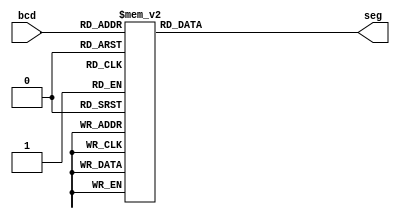
`timescale 1ns / 1ps
//////////////////////////////////////////////////////////////////////////////////
// Company: 
// Engineer: 
// 
// Design Name: 
// Module Name: bcd_segment7_1digit
// Project Name: 
// Target Devices: 
// Tool Versions: 
// Description: 
// 
// Dependencies: 
// 
// Revision:
// Revision 0.01 - File Created
// Additional Comments:
// 
//////////////////////////////////////////////////////////////////////////////////


module bcd_segment7_1digit(bcd, seg);    
    input [3:0] bcd;
    output reg [6:0] seg;
    
    //always block for converting bcd digit into 7 segment format
    always @(bcd)
    begin
        case (bcd) //case statement
            0 : seg = 7'b0000001;
            1 : seg = 7'b1001111;
            2 : seg = 7'b0010010;
            3 : seg = 7'b0000110;
            4 : seg = 7'b1001100;
            5 : seg = 7'b0100100;
            6 : seg = 7'b0100000;
            7 : seg = 7'b0001111;
            8 : seg = 7'b0000000;
            9 :  seg = 7'b0000100;
            10 : seg = 7'b0001001;
            11 : seg = 7'b1100000;
            12 : seg = 7'b0110000;
            13 : seg = 7'b1000010;
            14 : seg = 7'b0110000;
            15 : seg = 7'b0111000;
        endcase
    end
  
endmodule